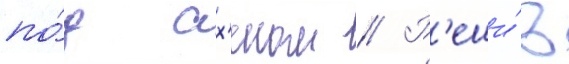
по́д ах'еном // Р'еши́в